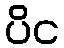
ပိင